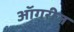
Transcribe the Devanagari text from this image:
ऑगरीज